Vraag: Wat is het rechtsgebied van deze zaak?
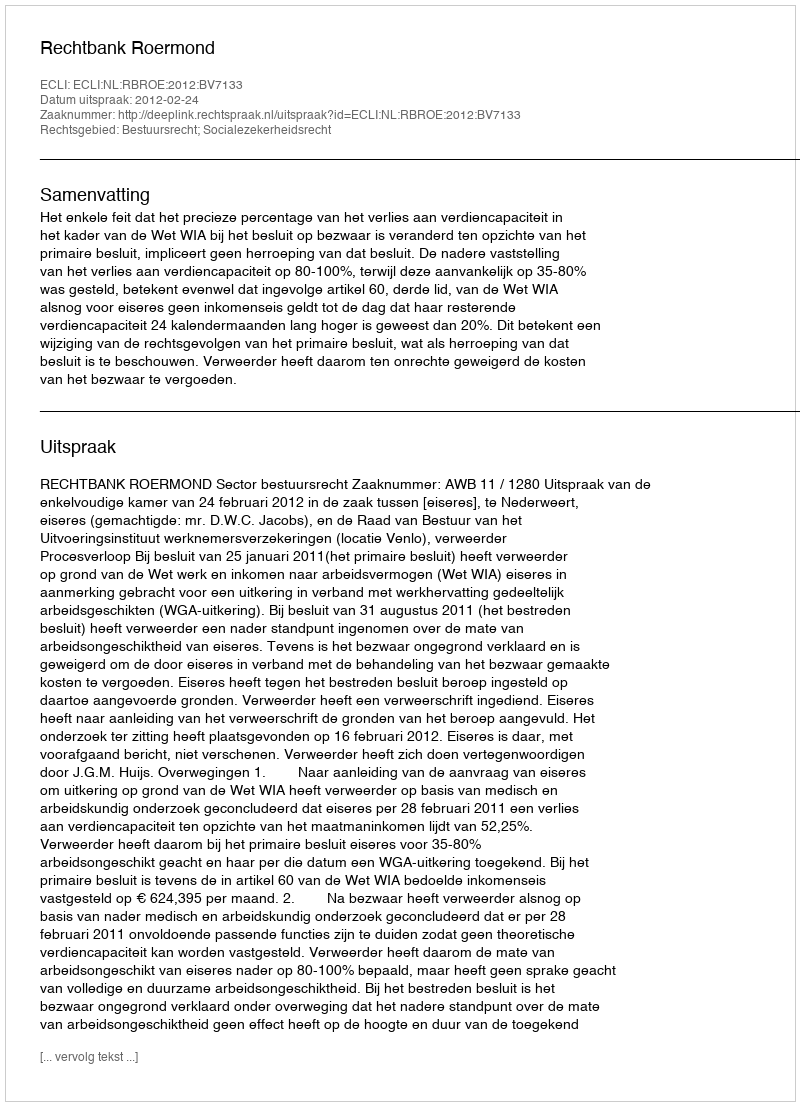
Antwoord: Bestuursrecht; Socialezekerheidsrecht